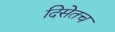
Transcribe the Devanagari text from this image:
दिसेतच